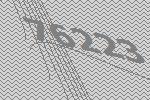
76223